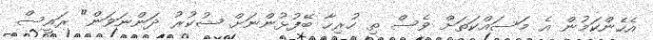
އެހެންކަމުން އެ މަސައްކަތަށް ވެސް ތި ހުރިހާ ބޭފުޅުންނަށް ޝުކުރު ދަންނަވަން" ރައީސް